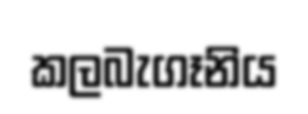
කලබැගෑනිය